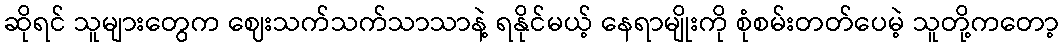
ဆိုရင် သူများတွေက ဈေးသက်သက်သာသာနဲ့ ရနိုင်မယ့် နေရာမျိုးကို စုံစမ်းတတ်ပေမဲ့ သူတို့ကတော့